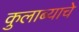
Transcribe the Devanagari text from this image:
कुलाब्याचे